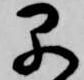
早